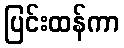
ပြင်းထန်ကာ